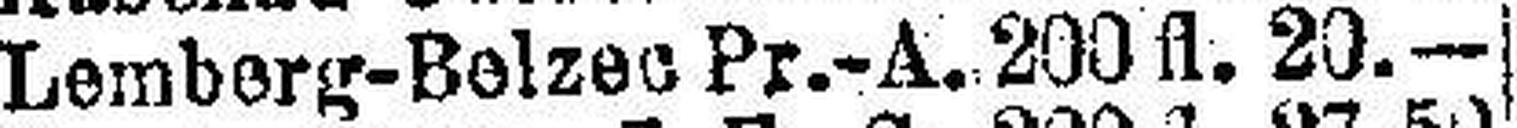
Lemberg-Belzec Pr.-A. 200 fl. 20.—